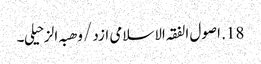
18. اصول الفقہ الاسلامی ازد /وھبہ الزحیلی۔